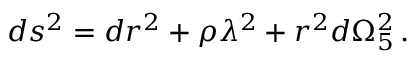
d s ^ { 2 } = d r ^ { 2 } + \rho \lambda ^ { 2 } + r ^ { 2 } d \Omega _ { 5 } ^ { 2 } \, .